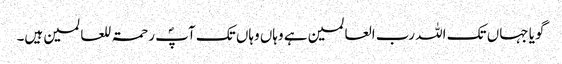
گویا جہاں تک اللہ رب العالمین ہے وہاں وہاں تک آپؐ رحمۃ للعالمین ہیں۔